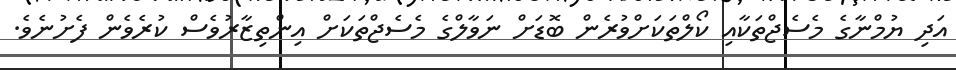
އަދި ޔުމްނާގެ މެސެޖްތަކާއި ކޯލްތަކަށްވުރެން ބޮޑަށް ނަވާލްގެ މެސެޖްތަކަށް އިންތިޒާރުވެސް ކުރެވެން ފެށުނެވެ.